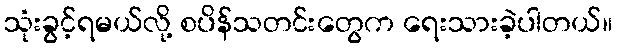
သုံးခွင့်ရမယ်လို့ စပိန်သတင်းတွေက ရေးသားခဲ့ပါတယ်။